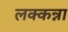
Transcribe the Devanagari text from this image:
लक्कन्ना